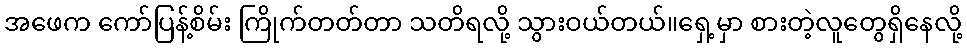
အဖေက ကော်ပြန့်စိမ်း ကြိုက်တတ်တာ သတိရလို့ သွားဝယ်တယ်။ရှေ့မှာ စားတဲ့လူတွေရှိနေလို့